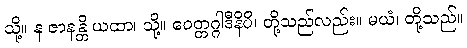
သို့။ န ဇာနန္တိ ယထာ၊ သို့။ ဝေတ္တဂ္ဂါဒီနိပိ၊ တို့သည်လည်း။ မယံ၊ တို့သည်။